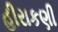
હીરાકણી